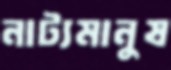
নাট্যমানুষ